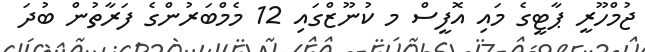
ޖުމްހޫރީ ޕާޓީގެ މައި އޮފީސް މ ކުނޫޒްގައި 12 މެމްބަރުންގެ ފަރާތުން ބުދަ